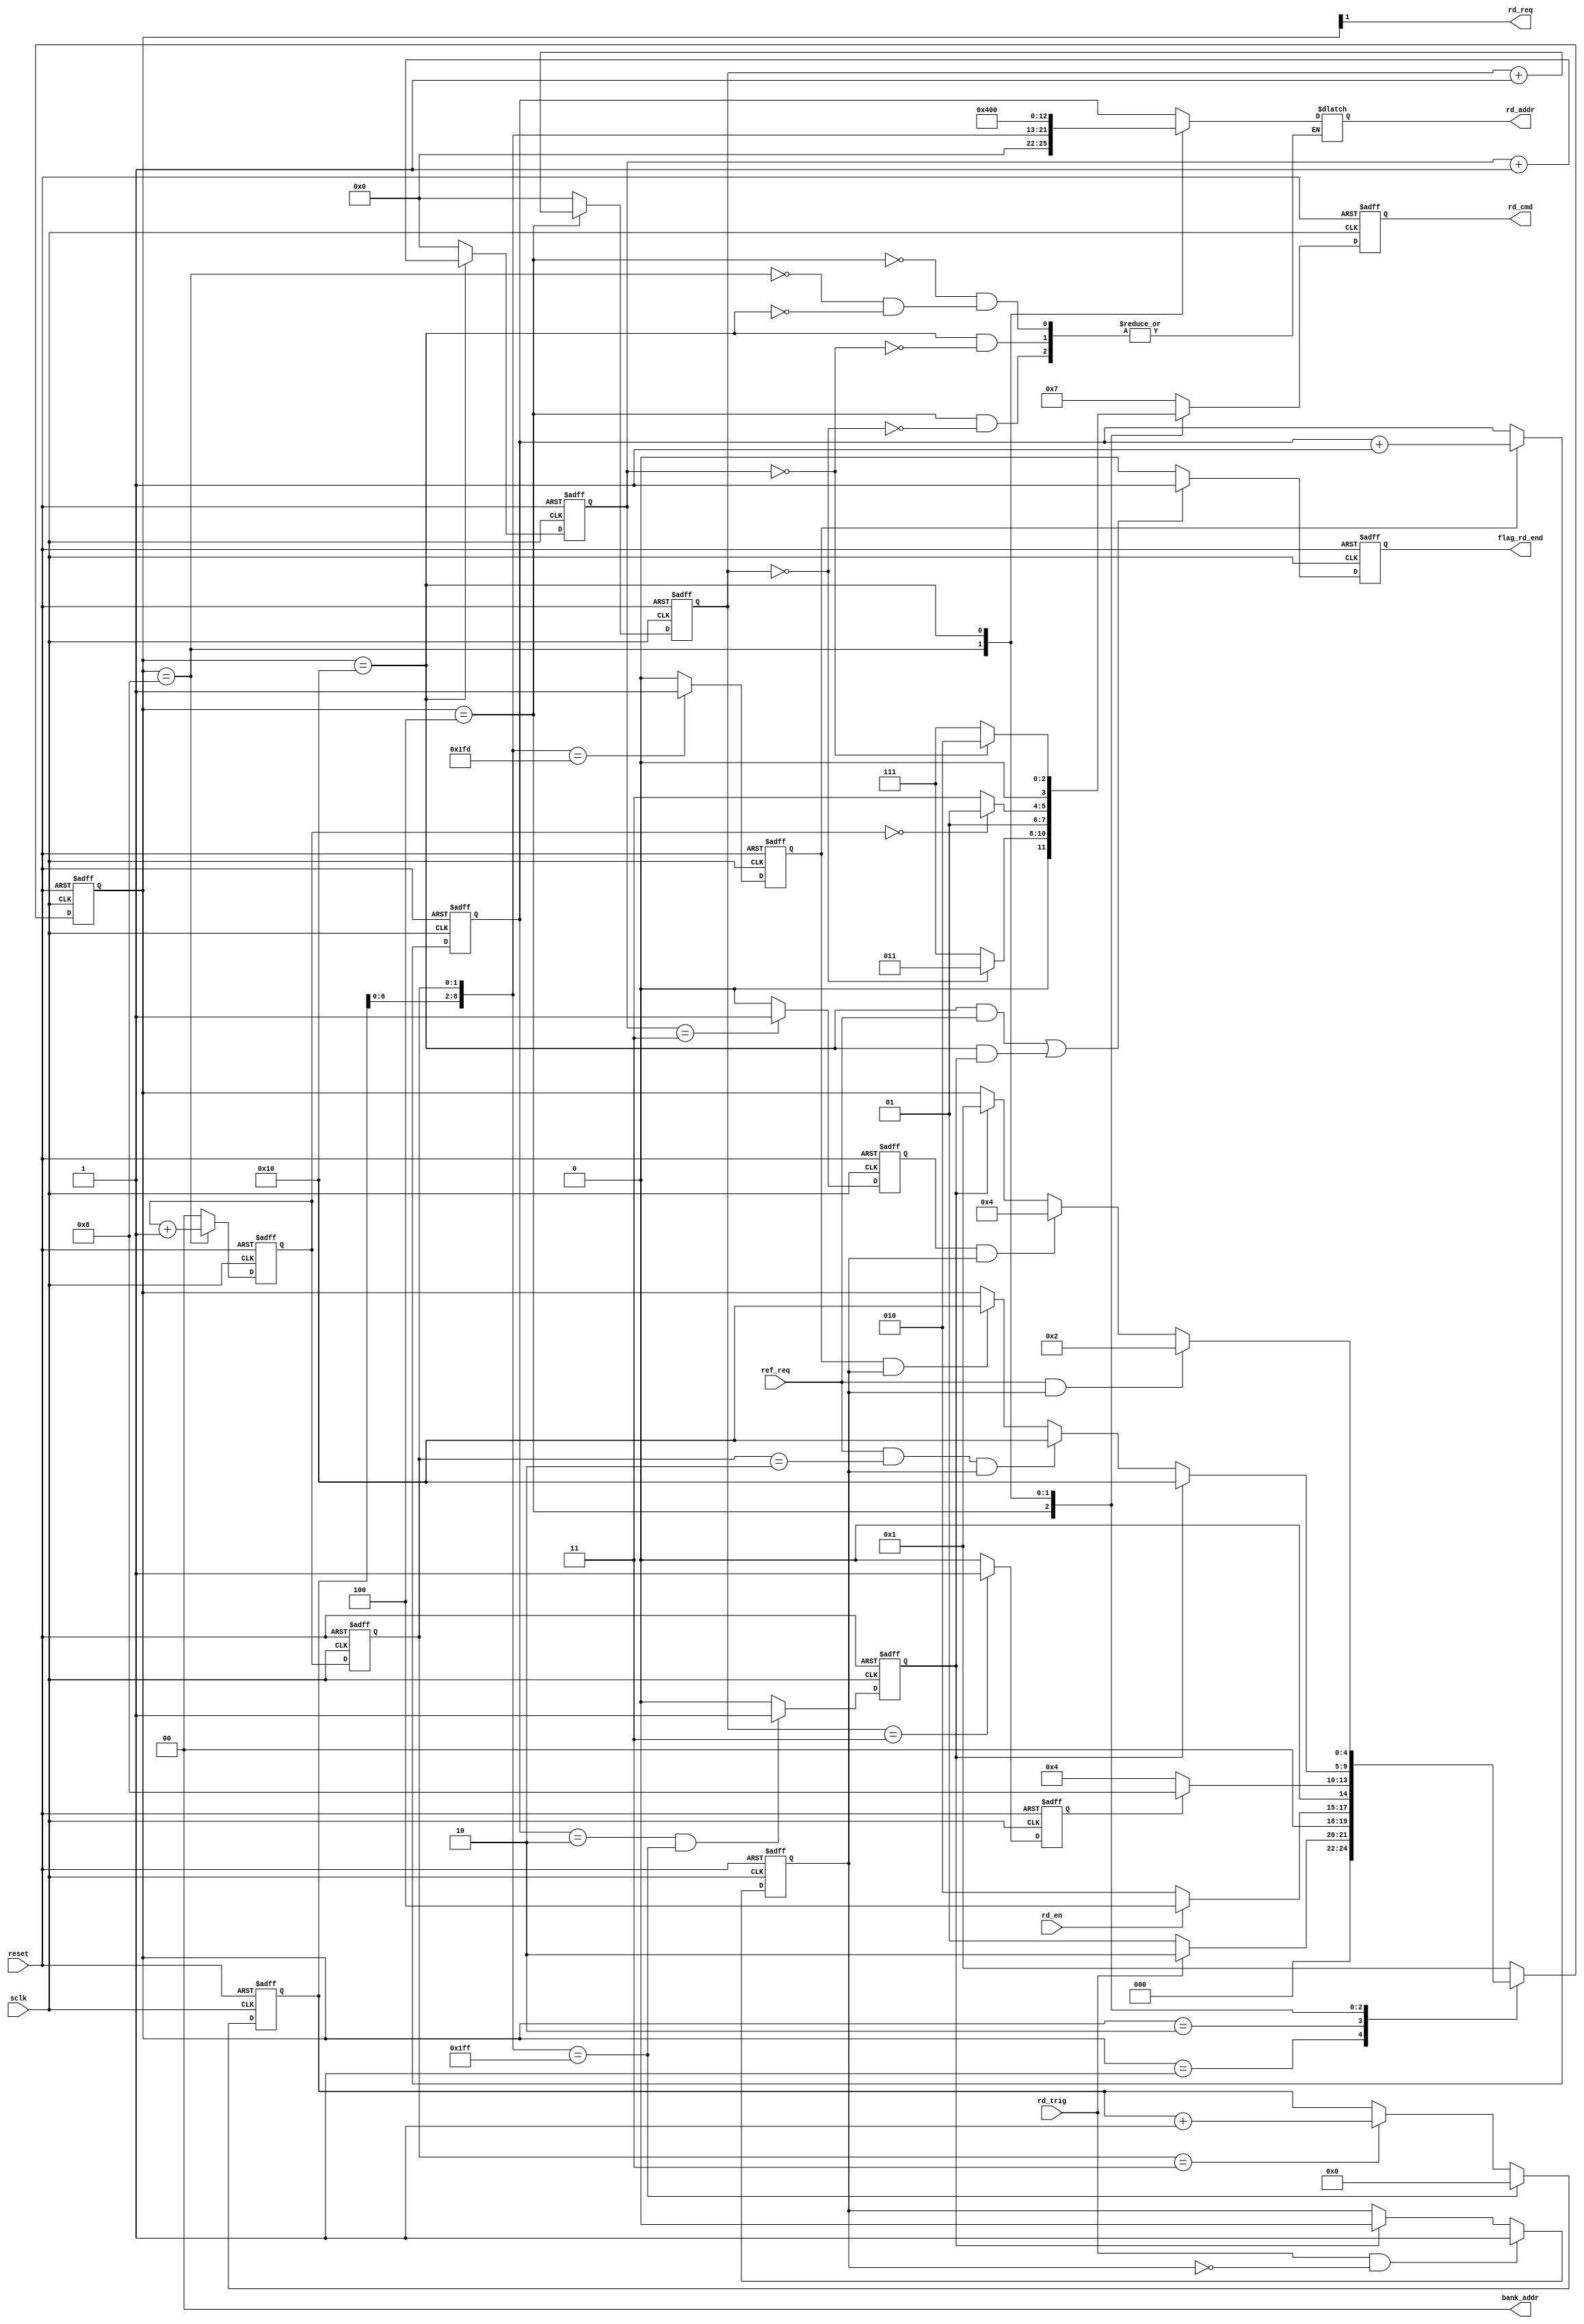
module sdram_read(
		//system single
		input				sclk,	
		input				reset,
		//commucation with top
		input				rd_en,//
		output	wire		rd_req,		
		output	reg			flag_rd_end,	
		//others
		input				ref_req,//
		input				rd_trig,//
		//read interface
		output	reg[3:0]	rd_cmd,
		output	reg[12:0]	rd_addr,
		output	wire[1:0]	bank_addr
		//output	reg[15:0]	rd_data
		
);

//

//
localparam		S_IDLE			=		5'b0_0001;	
localparam		S_REQ			=		5'b0_0010;	
localparam		S_ACT			=		5'b0_0100;//	
localparam		S_RD			=		5'b0_1000;	
localparam		S_PRE			=		5'b1_0000;	
//SDRAM Comand
localparam		CMD_NOP			=		4'b0111;	
localparam		CMD_PRE			=		4'b0010;	
localparam		CMD_AREF		=		4'b0001;	
localparam		CMD_ACT			=		4'b0011;	
localparam		CMD_RD			=		4'b0101;	
 
reg			flag_rd;//
reg[4:0]	state;	//5
//*********************************************
reg			flag_act_end;	//4act
reg			flag_pre_end;	//pre
reg			sd_row_end;		//
reg[1:0]	burst_cnt;		//0 1 2 3 
reg[1:0]	burst_cnt_t;	//
reg			rd_data_end;	//
//********************************************
reg[3:0]	act_cnt;		//
reg[3:0]	break_cnt;
reg[7:0]	col_cnt;		//
//********************************************
reg[12:0]	row_addr;
wire[8:0]	col_addr;
//flag_rd
always@(posedge sclk or negedge reset)begin
	if(!reset)
		flag_rd	<=	1'b0;
	else if(rd_trig == 1'b1 && flag_rd == 0)
		flag_rd	<=	1'b1;
	else if(rd_data_end == 1'b1)
		flag_rd <= 1'b0;
end
//burst_cnt  4
always@(posedge sclk or negedge reset)begin
	if(!reset)
		burst_cnt	<=	0;
	else if(state == S_RD)
		burst_cnt	<=	burst_cnt + 1;
	else
		burst_cnt 	<=  0;
end
//burst_cnt_t
always@(posedge sclk or negedge reset)begin
	if(!reset)
		burst_cnt_t <= 0;
	else
		burst_cnt_t	<= burst_cnt;
end
//--------------------STATE-----------------------
always@(posedge sclk or negedge reset)begin
	if(!reset)
		state	<=	S_IDLE;
	else  case(state)
		S_IDLE:
			if(rd_trig == 1)
				state	<=	S_REQ;
			else	
				state	<=	S_IDLE;
		S_REQ:
			if(rd_en == 1)
				state	<=	S_ACT;
			else	
				state	<=	S_REQ;
		S_ACT:
			if(flag_act_end == 1)//1
				state	<=  S_RD;
			else
				state	<=	S_ACT;
		S_RD://
			if(rd_data_end == 1)
				state	<= S_PRE; //
			else if(ref_req == 1 && burst_cnt_t == 'd2 && flag_rd == 1)
				state	<=	S_PRE;//  
			else if(sd_row_end == 1 && flag_rd == 1)//
				state	<=	S_PRE;
		S_PRE:
			if(ref_req == 1 && flag_rd == 1)
				state	<=	S_REQ;
			else if(flag_pre_end == 1 && flag_rd == 1)
				state	<=	S_ACT;
			else if(rd_data_end == 1)
				state	<=	S_IDLE;
		default:
				state	<=	S_IDLE;
	endcase
end
//rd_cmd
always@(posedge sclk or negedge reset)begin
	if(!reset)
		rd_cmd	<=	CMD_NOP;
	else case(state)
		S_ACT:
			if(act_cnt == 0)
				rd_cmd	<=	CMD_ACT;
			else
				rd_cmd	<=	CMD_NOP;
		S_RD:
			if(burst_cnt == 0)
				rd_cmd	<=	CMD_RD;
			else	
				rd_cmd	<=	CMD_NOP;
		S_PRE:
			if(break_cnt == 0)
				rd_cmd	<=	CMD_PRE;
			else	
				rd_cmd	<=	CMD_NOP;
		default:	
				rd_cmd	<=	CMD_NOP;
		endcase	
end
 
 
//rd_addr
always@(*)begin//
	 case(state)
		S_ACT:
			if(act_cnt == 0)
				rd_addr	<=	row_addr;
		S_RD:
			rd_addr	<=	{4'b0000,col_addr};		//A1010
		S_PRE:
			if(break_cnt == 0)
				rd_addr	<=	{13'b0_0100_0000_0000};
	endcase
			
end
	
//---------------------------------------------------
//flag_act_end
always@(posedge sclk or negedge reset)begin
	if(!reset)
		flag_act_end	<=	0;
	else if(act_cnt == 'd3)
		flag_act_end	<=	1;//4
	else	
		flag_act_end	<=	0;
end
//act_cnt
always@(posedge sclk or negedge reset)begin
	if(!reset)
		act_cnt	<=	0;
	else if(state == S_ACT)//4  3  
		act_cnt	<=	act_cnt + 1;
	else	
		act_cnt	<=	0;
end
 
//flag_pre_end //4 
always@(posedge sclk or negedge reset)begin
	if(!reset)
		flag_pre_end	<=	0;
	else if(break_cnt == 'd3)//
		flag_pre_end	<=  1;
	else	
		flag_pre_end	<=	0;
end
//
always@(posedge sclk or negedge reset)begin
	if(!reset)
		flag_rd_end	<=	0;
	else if((state == S_PRE && ref_req == 1) 
			|| (state == S_PRE && rd_data_end == 1))//
		flag_rd_end	<=  1;
	else	
		flag_rd_end	<=	0;
end
 
//break_cnt  //
always@(posedge sclk or negedge reset)begin
	if(!reset)
		break_cnt	<=	0;
	else if(state == S_PRE)						
		break_cnt	<=	break_cnt + 1;
	else	
		break_cnt	<=	0;
end
//rd_data_end
always@(posedge sclk or negedge reset)begin
	if(!reset)	
		rd_data_end	<=	0;
	else if(row_addr == 2 && col_addr == 'd511)//9 //3
		rd_data_end	<=	1;//	
	else
		rd_data_end	<=	0;
end
//col_cnt
always@(posedge sclk or negedge reset)begin
	if(!reset)	
		col_cnt	<=	0;
	else if(col_addr == 511)
		col_cnt	<=	0;
	else if(burst_cnt_t == 3)
		col_cnt	<=	col_cnt + 1;
end
//row_addr
always@(posedge sclk or negedge reset)begin
	if(!reset)	
		row_addr	<=	0;
	else if(sd_row_end == 1)
		row_addr	<=	row_addr + 1;
 
end
//sd_row_end
 
always@(posedge sclk or negedge reset)begin
	if(!reset)	
		sd_row_end	<=	0;
	else if(col_addr == 509)
		sd_row_end	<=	1;
	else
		sd_row_end	<=	0;
 
end
 
 
//
/*
always@(*)begin
	case(burst_cnt_t)
		0:wr_data	<=	1;
		1:wr_data	<=	2;
		2:wr_data	<=	3;
		3:wr_data	<=	4;
	default: wr_data	<=	0;
	endcase
end
*/
 
assign	col_addr	=	{col_cnt,burst_cnt_t};
assign  bank_addr	=	2'b00;// 
assign	rd_req		= 	state[1];
 
endmodule